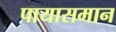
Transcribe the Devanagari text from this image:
पायासमान